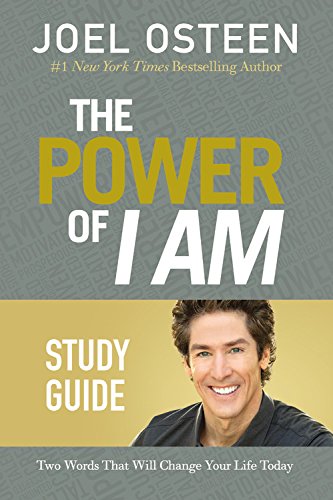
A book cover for The Power of I Am Study Guide: Two Words That Will Change Your Life Today; Joel Osteen; Christian Books & Bibles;